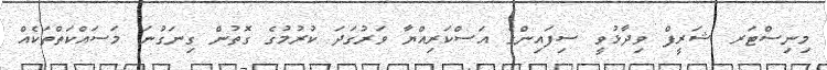
މިނިސްޓަރ ޝަރީފް ވިދާޅުވީ ސިފައިންގެ އަސްކަރިއްޔާ ވަރުގަދަ ކުރުމުގެ ގޮތުން ގިނަގުނަ މަސައްކަތްތަކެއް